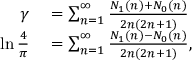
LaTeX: \begin{array} { r l } { \gamma } & { { } = \sum _ { n = 1 } ^ { \infty } { \frac { N _ { 1 } ( n ) + N _ { 0 } ( n ) } { 2 n ( 2 n + 1 ) } } } \\ { \ln { \frac { 4 } { \pi } } } & { { } = \sum _ { n = 1 } ^ { \infty } { \frac { N _ { 1 } ( n ) - N _ { 0 } ( n ) } { 2 n ( 2 n + 1 ) } } , } \end{array}